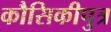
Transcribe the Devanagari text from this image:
कौसिकीपुत्र